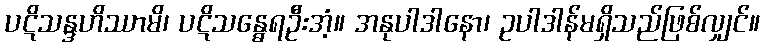
ပဋိသန္ဒဟိဿာမိ၊ ပဋိသန္ဓေရဦးအံ့။ အနုပါဒါနော၊ ဥပါဒါန်မရှိသည်ဖြစ်လျှင်။